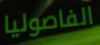
الفاصوليا